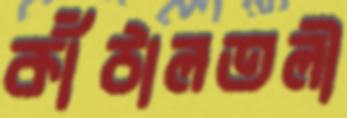
কাঁঠালতলী